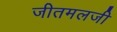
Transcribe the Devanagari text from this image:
जीतमलजी